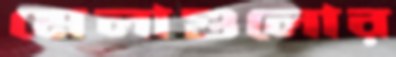
মেলাগুলোর